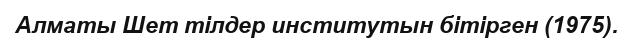
Алматы Шет тілдер институтын бітірген (1975).